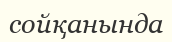
сойқанында